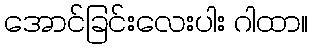
အောင်ခြင်းလေးပါး ဂါထာ။